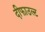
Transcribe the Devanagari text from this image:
दीफाउल्ट